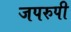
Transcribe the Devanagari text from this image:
जपरुपी